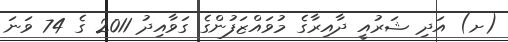
(ށ) އަދި ޝަރުއީ ދާއިރާގެ މުވައްޒަފުންގެ ގަވާއިދު 2011 ގެ 74 ވަނަ